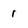
Character: 1